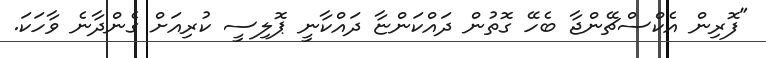
"ފޮރިން އެކްސްޗޭންޖާ ބެހޭ ގޮތުން ދައްކަންޏާ ދައްކާނީ ޕޮލިސީ ކުރިއަށް ގެންދާނެ ވާހަކަ.